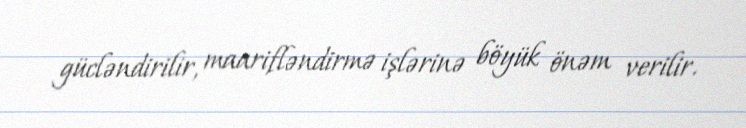
gücləndirilir, maarifləndirmə işlərinə böyük önəm verilir.